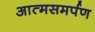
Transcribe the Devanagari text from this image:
आत्‍मसमर्पण